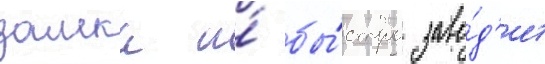
замка и́ бы́стро заво́д'ит